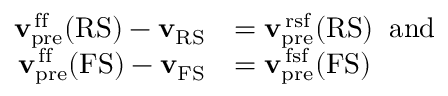
\begin{array} { r l } { { \mathbf { v } } _ { \mathrm { p r e } } ^ { \mathrm { \, f f } } ( \mathrm { R S } ) - { \mathbf { v } } _ { \mathrm { R S } } } & { = { \mathbf { v } } _ { \mathrm { p r e } } ^ { \mathrm { \, r s f } } ( \mathrm { R S } ) \; \; \mathrm { a n d } } \\ { { \mathbf { v } } _ { \mathrm { p r e } } ^ { \mathrm { \, f f } } ( \mathrm { F S } ) - { \mathbf { v } } _ { \mathrm { F S } } } & { = { \mathbf { v } } _ { \mathrm { p r e } } ^ { \mathrm { \, f s f } } ( \mathrm { F S } ) } \end{array}